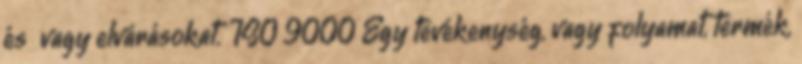
és vagy elvárásokat. ISO 9000 Egy tevékenység, vagy folyamat, termék,